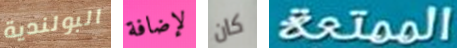
البولندية لإضافة كان الممتعة